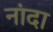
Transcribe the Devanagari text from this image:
नांदा